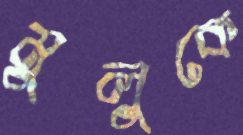
মুলুকে